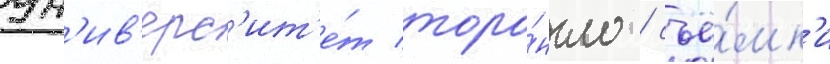
ун'ив'ерс'ит'е́т торо́нто / съё́мк'и